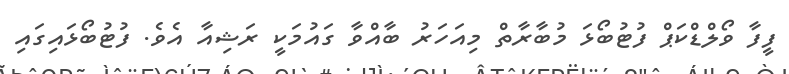
ފީފާ ވޯލްޑްކަޕް ފުޓުބޯޅަ މުބާރާތް މިއަހަރު ބާއްވާ ގައުމަކީ ރަޝިއާ އެވެ. ފުޓުބޯޅައިގައި